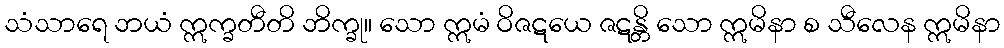
သံသာရေ ဘယံ ဣက္ခတီတိ ဘိက္ခု။ သော ဣမံ ဝိဇဋယေ ဇဋန္တိ သော ဣမိနာ စ သီလေန ဣမိနာ